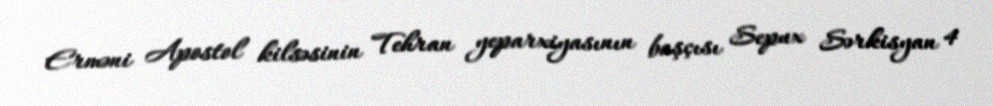
Erməni Apostol kilsəsinin Tehran yeparxiyasının başçısı Sepux Sərkisyan 4